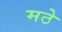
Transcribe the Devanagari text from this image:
मठे